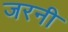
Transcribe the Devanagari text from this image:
जरनी